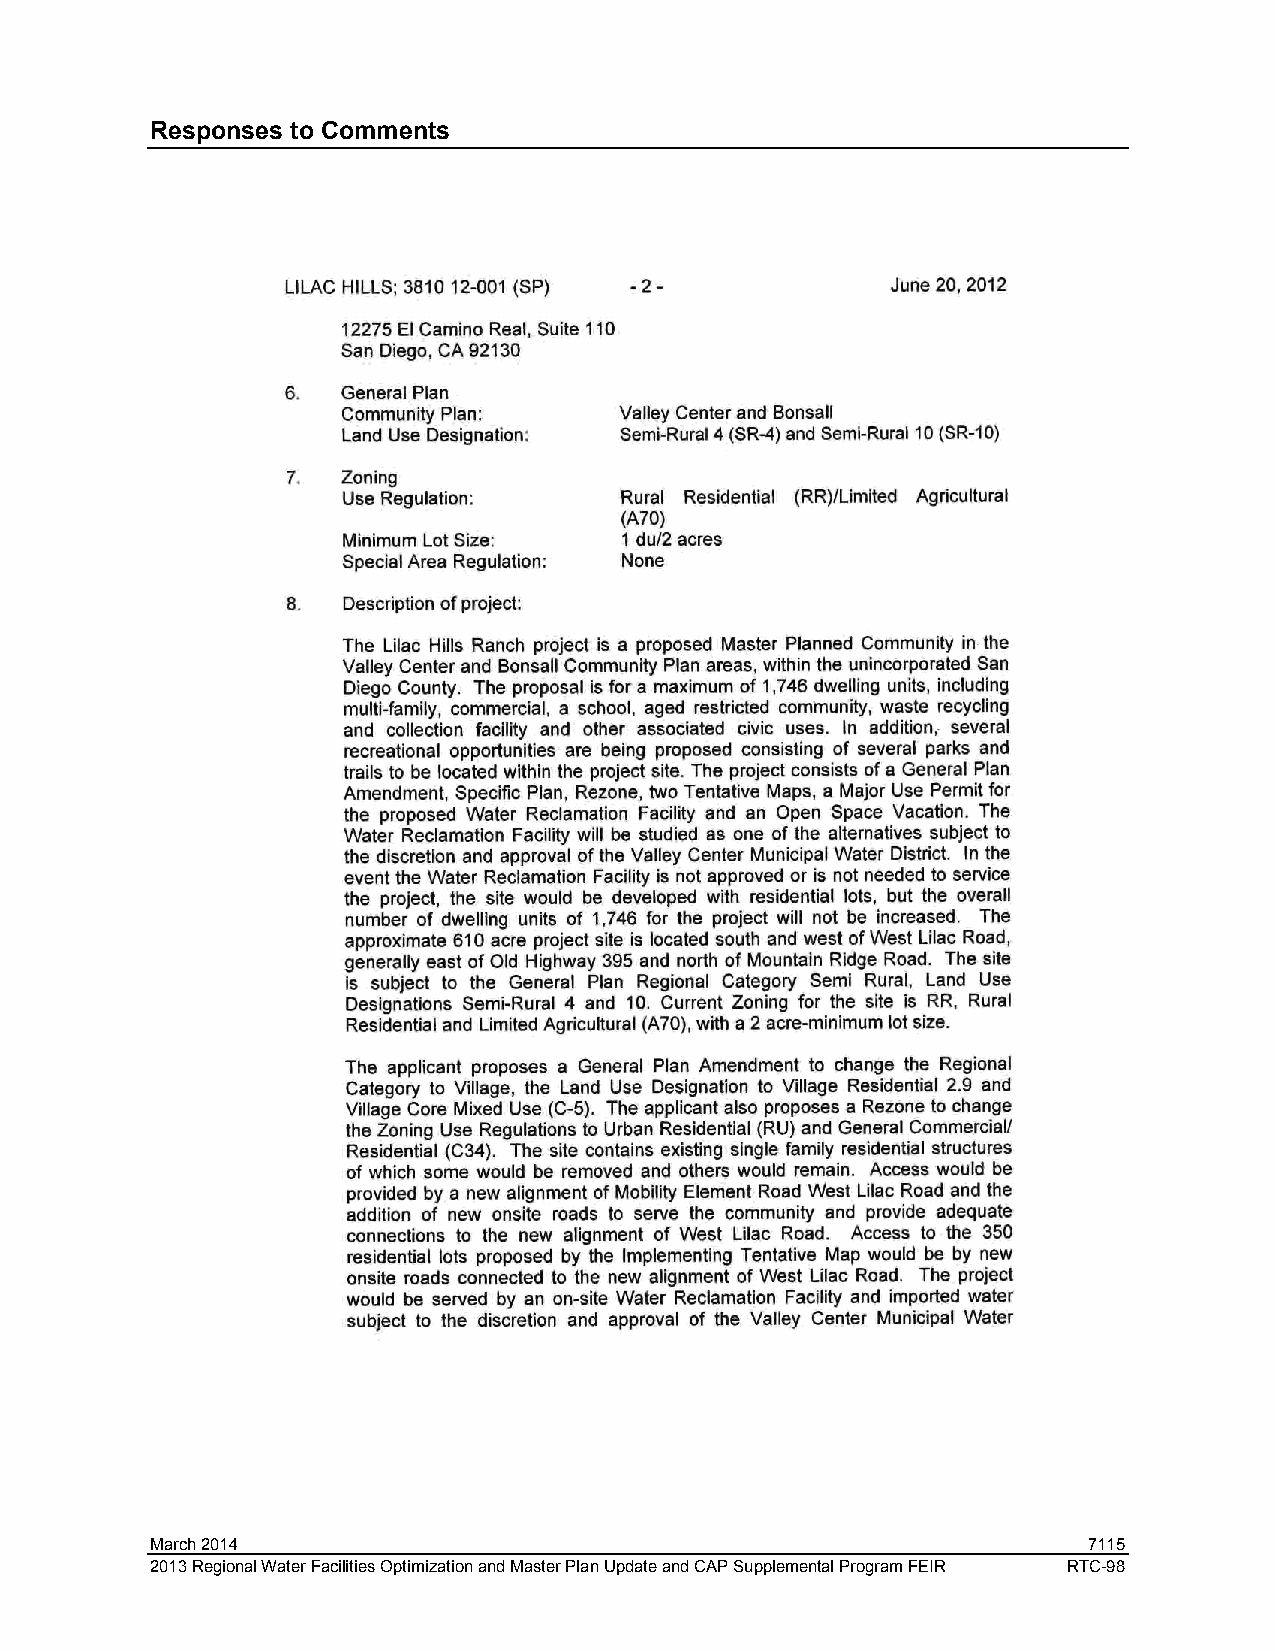
Responses to Comments
 March 2014                                                    7115
 2013 Regional Water Facilities Optimization and Master Plan Update and CAP Supplemental Program FEIR RTC-98